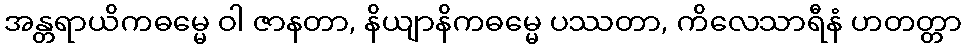
အန္တရာယိကဓမ္မေ ဝါ ဇာနတာ, နိယျာနိကဓမ္မေ ပဿတာ, ကိလေသာရီနံ ဟတတ္တာ